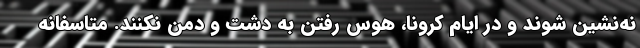
نه‌نشین شوند و در ایام کرونا، هوس رفتن به دشت و دمن نکنند. متاسفانه